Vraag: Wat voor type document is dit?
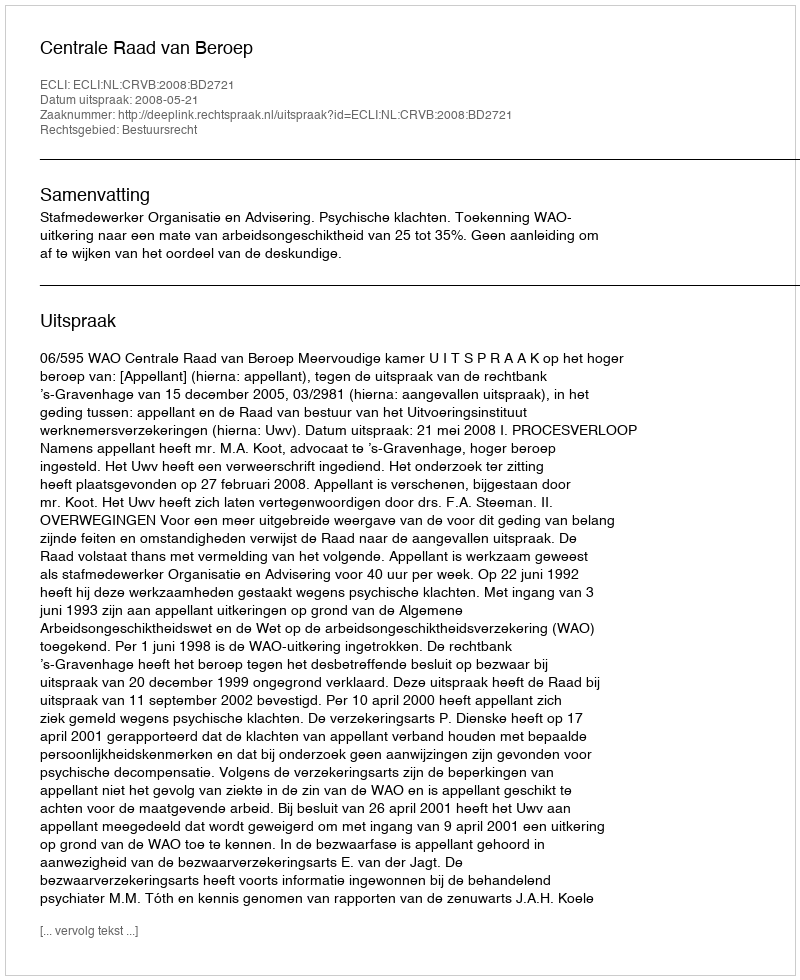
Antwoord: Uitspraak